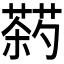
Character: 𬞠